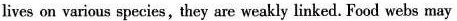
lives on various species, they are weakly linked, Food webs may